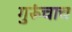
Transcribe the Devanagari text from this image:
गुरूंचाच